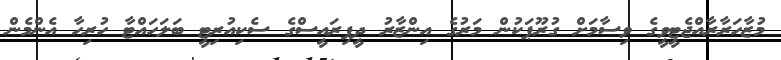
މުޒާހަރާރާއްޖެޓީވީގެ ވިސާމަށް ގުރޫޕަކުން މަރުގެ އިންޒާރު ދީފިރައީސްގެ ސެކިއުރިޓީ ބަލަހައްޓާ ހުރިހާ އެންމެން